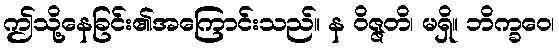
ဤသို့နေခြင်း၏အကြောင်းသည်။ န ဝိဇ္ဇတိ၊ မရှိ။ ဘိက္ခဝေ၊